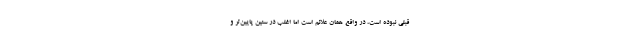
قبلی نبوده است، در واقع همان علائم است اما اغلب در سنین پایین‌تر و